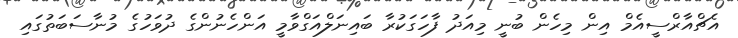
އެޗްއާރްސީއެމް އިން މިހެން ބުނީ މިއަދު ފާހަގަކުރާ ބައިނަލްއަގްވާމީ އަންހެނުންގެ ދުވަހުގެ މުނާސަބަތުގައި